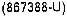
(867388-U)